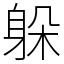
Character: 躲